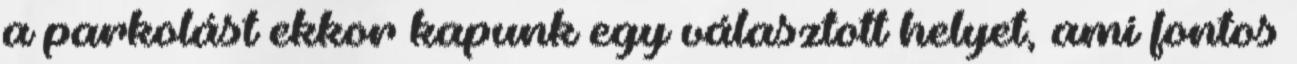
a parkolást ekkor kapunk egy választott helyet, ami fontos